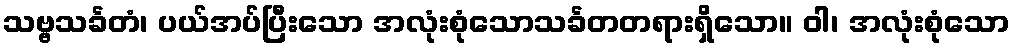
သဗ္ဗသင်္ခတံ၊ ပယ်အပ်ပြီးသော အလုံးစုံသောသင်္ခတတရားရှိသော။ ဝါ၊ အလုံးစုံသော